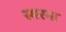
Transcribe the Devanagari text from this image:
स्मरना